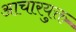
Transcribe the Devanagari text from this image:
आचारयुक्त